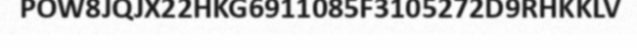
POW8JQJX22HKG6911085F3105272D9RHKKLV